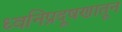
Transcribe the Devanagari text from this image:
ध्वनिप्रदूषणातून